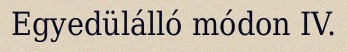
Egyedülálló módon IV.